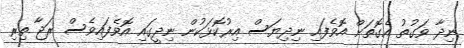
ނިދާ ވަގުތު އެގޮތަށް އޮވެފައި ނިދިޔަސް އިރުކޮޅަކުން ނިދީގައި އޮވެފައިވެސް ރަޖާ ތިރި